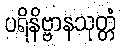
ပရိနိဗ္ဗာနသုတ္တံ